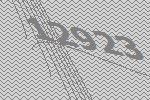
12923